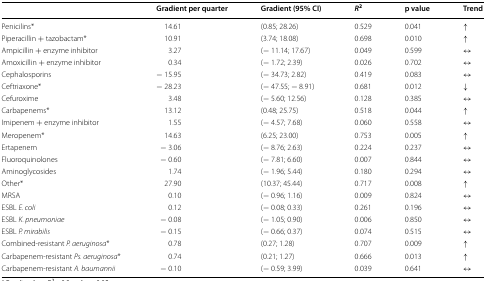
<table><thead><tr><td></td><td><b>Gradient per quarter</b></td><td><b>Gradient (95% CI)</b></td><td><b><i>R</i><sup>2</sup></b></td><td><b>p value</b></td><td><b>Trend</b></td></tr></thead><tbody><tr><td>Penicilins*</td><td>14.61</td><td>(0.85; 28.26)</td><td>0.529</td><td>0.041</td><td>↑</td></tr><tr><td>Piperacillin + tazobactam*</td><td>10.91</td><td>(3.74; 18.08)</td><td>0.698</td><td>0.010</td><td>↑</td></tr><tr><td>Ampicillin + enzyme inhibitor</td><td>3.27</td><td>(− 11.14; 17.67)</td><td>0.049</td><td>0.599</td><td>↔</td></tr><tr><td>Amoxicillin + enzyme inhibitor</td><td>0.34</td><td>(− 1.72; 2.39)</td><td>0.026</td><td>0.702</td><td>↔</td></tr><tr><td>Cephalosporins</td><td>− 15.95</td><td>(− 34.73; 2.82)</td><td>0.419</td><td>0.083</td><td>↔</td></tr><tr><td>Ceftriaxone*</td><td>− 28.23</td><td>(− 47.55; − 8.91)</td><td>0.681</td><td>0.012</td><td>↓</td></tr><tr><td>Cefuroxime</td><td>3.48</td><td>(− 5.60; 12.56)</td><td>0.128</td><td>0.385</td><td>↔</td></tr><tr><td>Carbapenems*</td><td>13.12</td><td>(0.48; 25.75)</td><td>0.518</td><td>0.044</td><td>↑</td></tr><tr><td>Imipenem + enzyme inhibitor</td><td>1.55</td><td>(− 4.57; 7.68)</td><td>0.060</td><td>0.558</td><td>↔</td></tr><tr><td>Meropenem*</td><td>14.63</td><td>(6.25; 23.00)</td><td>0.753</td><td>0.005</td><td>↑</td></tr><tr><td>Ertapenem</td><td>− 3.06</td><td>(− 8.76; 2.63)</td><td>0.224</td><td>0.237</td><td>↔</td></tr><tr><td>Fluoroquinolones</td><td>− 0.60</td><td>(− 7.81; 6.60)</td><td>0.007</td><td>0.844</td><td>↔</td></tr><tr><td>Aminoglycosides</td><td>1.74</td><td>(− 1.96; 5.44)</td><td>0.180</td><td>0.294</td><td>↔</td></tr><tr><td>Other*</td><td>27.90</td><td>(10.37; 45.44)</td><td>0.717</td><td>0.008</td><td>↑</td></tr><tr><td>MRSA</td><td>0.10</td><td>(− 0.96; 1.16)</td><td>0.009</td><td>0.824</td><td>↔</td></tr><tr><td>ESBL <i>E. coli</i></td><td>0.12</td><td>(− 0.08; 0.33)</td><td>0.261</td><td>0.196</td><td>↔</td></tr><tr><td>ESBL <i>K. pneumoniae</i></td><td>− 0.08</td><td>(− 1.05; 0.90)</td><td>0.006</td><td>0.850</td><td>↔</td></tr><tr><td>ESBL <i>P. mirabilis</i></td><td>− 0.15</td><td>(− 0.66; 0.37)</td><td>0.074</td><td>0.515</td><td>↔</td></tr><tr><td>Combined-resistant <i>P. aeruginosa</i>*</td><td>0.78</td><td>(0.27; 1.28)</td><td>0.707</td><td>0.009</td><td>↑</td></tr><tr><td>Carbapenem-resistant <i>Ps. aeruginosa</i>*</td><td>0.74</td><td>(0.21; 1.27)</td><td>0.666</td><td>0.013</td><td>↑</td></tr><tr><td>Carbapenem-resistant <i>A. baumannii</i></td><td>− 0.10</td><td>(− 0.59; 3.99)</td><td>0.039</td><td>0.641</td><td>↔</td></tr></tbody></table>